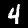
Label: 4